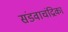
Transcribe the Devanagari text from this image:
संडवाचंद्रिका